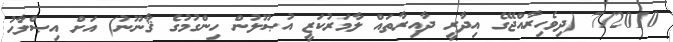
7/2010 (ދިވެހިރާއްޖޭގެ އިދާރީ ދާއިރާތައް ލާމަރުކަޒީ އުޞޫލުން ހިންގުމުގެ ޤާނޫނު) އަށް އިޞްލާޙު